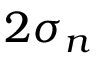
2 \sigma _ { n }